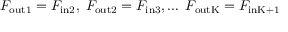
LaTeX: F _ { \mathrm { o u t 1 } } = F _ { \mathrm { i n 2 } } , \; F _ { \mathrm { o u t 2 } } = F _ { \mathrm { i n 3 } } , \ldots \; F _ { \mathrm { o u t K } } = F _ { \mathrm { i n K + 1 } }